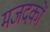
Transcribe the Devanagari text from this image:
मजदकों